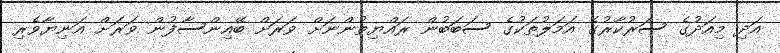
އަދި މިއަދުގެ ސަރުކާރުގެ އަމަލުތަކުގެ ސަބަބުން ރައްޔިތުންނަށް ވަރަށް ބޭއިންސާފުން ވަރަށް އަނިޔާވެރި